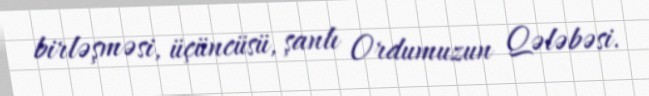
birləşməsi, üçüncüsü, şanlı Ordumuzun Qələbəsi.